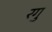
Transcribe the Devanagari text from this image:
रगु